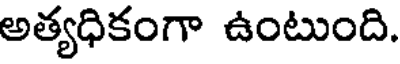
అత్యధికంగా ఉంటుంది.